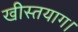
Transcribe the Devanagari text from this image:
खीस्तयाग।